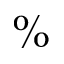
\%